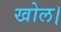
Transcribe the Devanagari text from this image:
खोल।